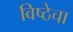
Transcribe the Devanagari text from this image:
विष्ठेचा